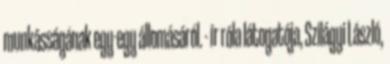
munkásságának egy-egy állomásáról. - ír róla látogatója, Szilágyi László,